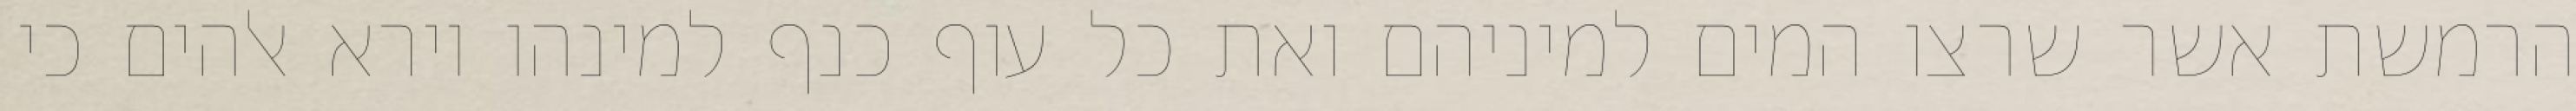
הרמשת אשר שרצו המים למיניהם ואת כל עוף כנף למינהו וירא אלהים כי